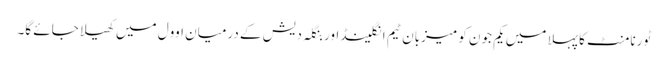
ٹورنامنٹ کا پہلا میں یکم جون کو میزبان ٹیم انگلینڈ اور بنگلہ دیش کے درمیان اوول میں کھیلا جائے گا۔